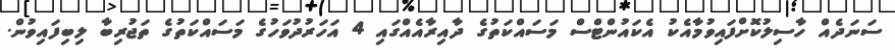
ސަނަދެއް ހާސިލުކޮށްފައިވުމާއެކު އެކައުންޓްސް މަސައްކަތުގެ ދާއިރާއެއްގައި 4 އަހަރުދުވަހުގެ މަސައްކަތުގެ ތަޖުރިބާ ލިބިފައިވުން.